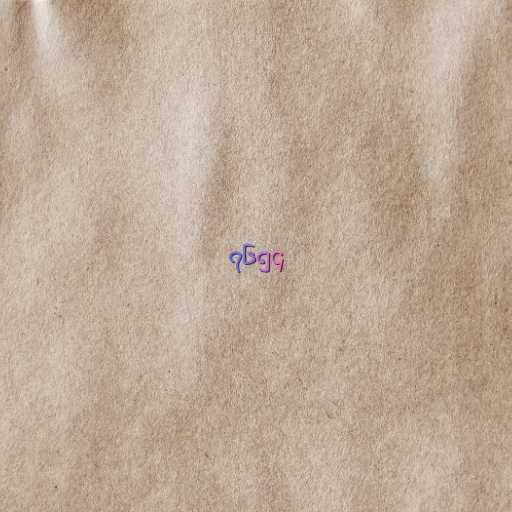
၇၆၅၄